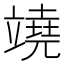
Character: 𥪯